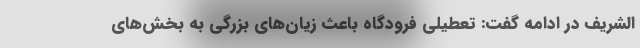
الشریف در ادامه گفت: تعطیلی فرودگاه باعث زیان‌های بزرگی به بخش‌های